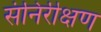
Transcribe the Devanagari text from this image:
संनिरीक्षण